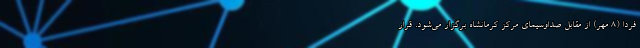
فردا (8 مهر) از مقابل صداوسیمای مرکز کرمانشاه برگزار می‌شود. قرار